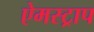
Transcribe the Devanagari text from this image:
ऐमस्ट्राप